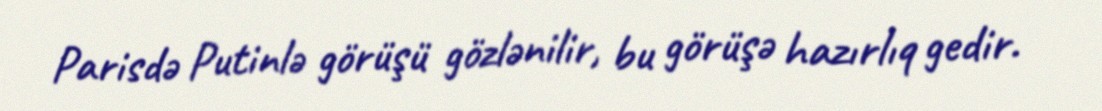
Parisdə Putinlə görüşü gözlənilir, bu görüşə hazırlıq gedir.